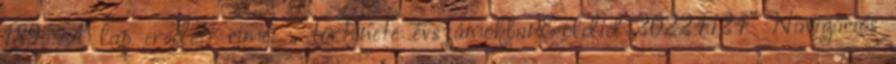
189. A lap eredeti címe: „ története évszámokban&oldid=20224124” Navigációs